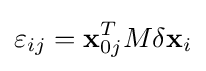
\varepsilon _{ij}=\mathbf {x} _{0j}^{T}M\delta \mathbf {x} _{i}